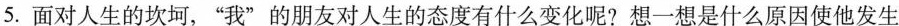
5.面对人生的坎坷，”我”的朋友对人生的态度有什么变化呢?想一想是什么原因使他发生